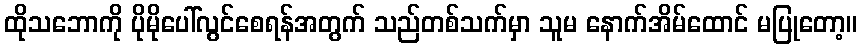
ထိုသဘောကို ပိုမိုပေါ်လွင်စေရန်အတွက် သည်တစ်သက်မှာ သူမ နောက်အိမ်ထောင် မပြုတော့။